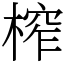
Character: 榨